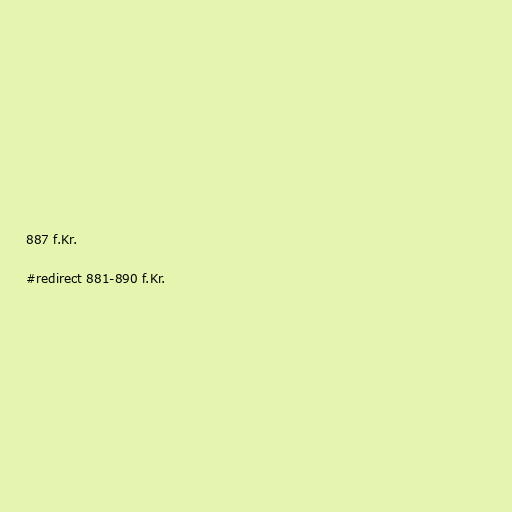
887 f.Kr.

#redirect 881-890 f.Kr.